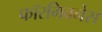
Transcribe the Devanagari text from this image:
फॉरगिवनेस